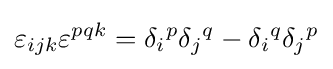
\varepsilon _{ijk}\varepsilon ^{pqk}=\delta _{i}{}^{p}\delta _{j}{}^{q}-\delta _{i}{}^{q}\delta _{j}{}^{p}